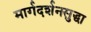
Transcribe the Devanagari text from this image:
मार्गदर्शनसुद्धा